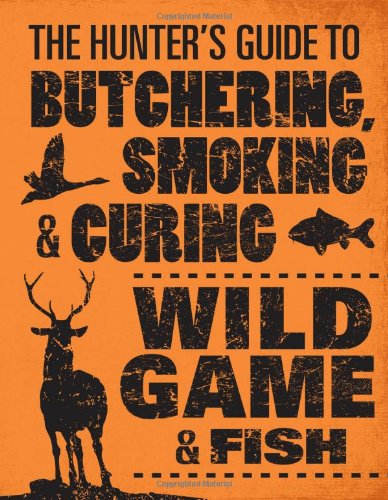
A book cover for The Hunter's Guide to Butchering, Smoking, and Curing Wild Game and Fish; Philip Hasheider; Cookbooks, Food & Wine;